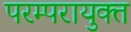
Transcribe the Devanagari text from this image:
परम्परायुक्त